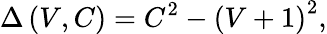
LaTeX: \Delta\left(V,C\right)=C^{2}-\left(V+1\right)^{2},